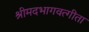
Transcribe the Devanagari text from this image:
श्रीमदभागवत्गीता